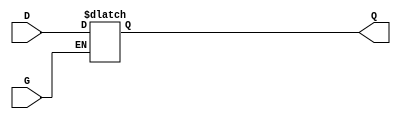
module GatedTransparentLatch (
    input wire D,  // Data Input
    input wire G,  // Gate/Enable Input
    output reg Q   // Output
);

always @(*) begin
    if (G) begin
        Q = D;  // When G is high, Q follows D
    end
    // When G is low, Q retains its last value (no assignment needed)
end

endmodule